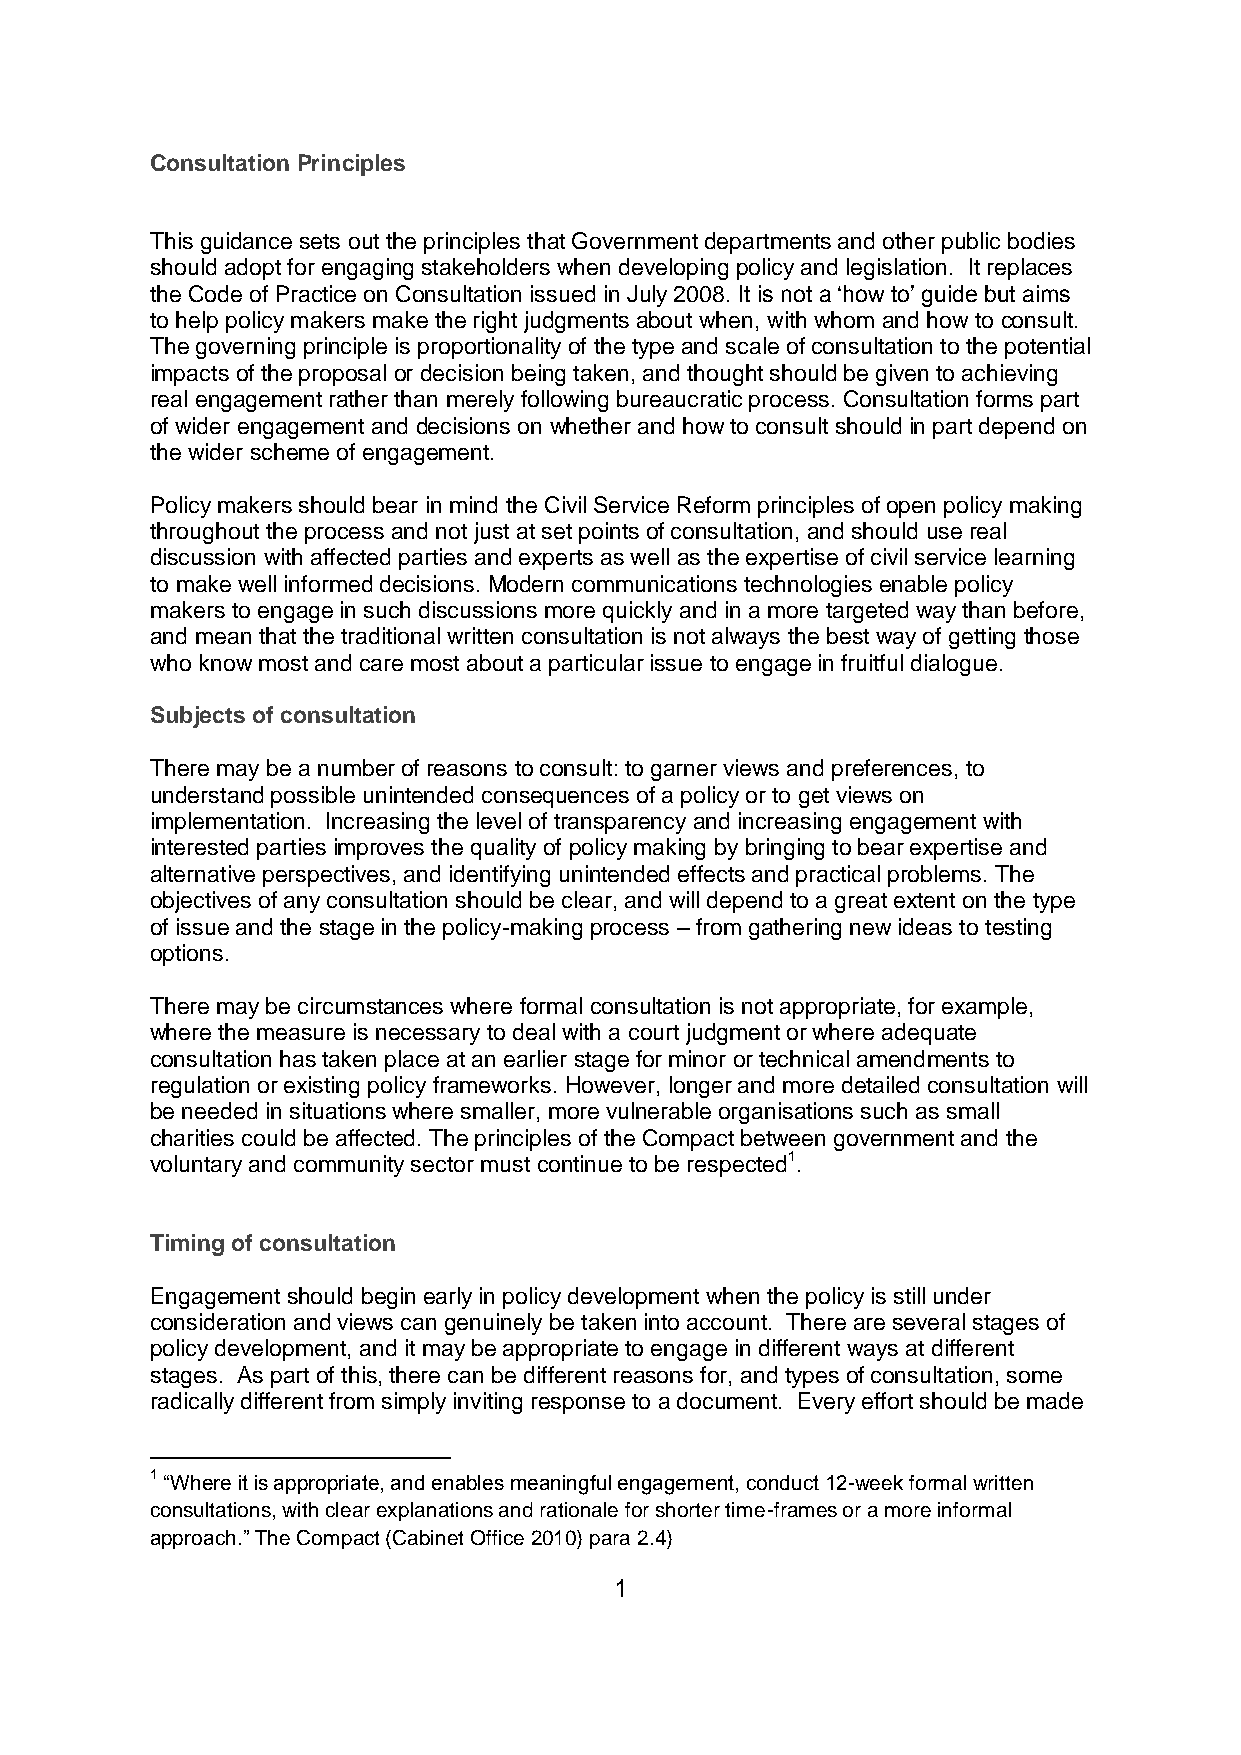
Consultation Principles
 This guidance sets out the principles that Government departments and other public bodies
 should adopt for engaging stakeholders when developing policy and legislation. It replaces
 the Code of Practice on Consultation issued in July 2008. It is not a ‘how to’ guide but aims
 to help policy makers make the right judgments about when, with whom and how to consult.
 The governing principle is proportionality of the type and scale of consultation to the potential
 impacts of the proposal or decision being taken, and thought should be given to achieving
 real engagement rather than merely following bureaucratic process. Consultation forms part
 of wider engagement and decisions on whether and how to consult should in part depend on
 the wider scheme of engagement.
 Policy makers should bear in mind the Civil Service Reform principles of open policy making
 throughout the process and not just at set points of consultation, and should use real
 discussion with affected parties and experts as well as the expertise of civil service learning
 to make well informed decisions. Modern communications technologies enable policy
 makers to engage in such discussions more quickly and in a more targeted way than before,
 and mean that the traditional written consultation is not always the best way of getting those
 who know most and care most about a particular issue to engage in fruitful dialogue.
 Subjects of consultation
 There may be a number of reasons to consult: to garner views and preferences, to
 understand possible unintended consequences of a policy or to get views on
 implementation. Increasing the level of transparency and increasing engagement with
 interested parties improves the quality of policy making by bringing to bear expertise and
 alternative perspectives, and identifying unintended effects and practical problems. The
 objectives of any consultation should be clear, and will depend to a great extent on the type
 of issue and the stage in the policy-making process – from gathering new ideas to testing
 options.
 There may be circumstances where formal consultation is not appropriate, for example,
 where the measure is necessary to deal with a court judgment or where adequate
 consultation has taken place at an earlier stage for minor or technical amendments to
 regulation or existing policy frameworks. However, longer and more detailed consultation will
 be needed in situations where smaller, more vulnerable organisations such as small
 charities could be affected. The principles of the Compact between government and the
 voluntary and community sector must continue to be respected1.
 Timing of consultation
 Engagement should begin early in policy development when the policy is still under
 consideration and views can genuinely be taken into account. There are several stages of
 policy development, and it may be appropriate to engage in different ways at different
 stages. As part of this, there can be different reasons for, and types of consultation, some
 radically different from simply inviting response to a document. Every effort should be made
 1 “Where it is appropriate, and enables meaningful engagement, conduct 12-week formal written
 consultations, with clear explanations and rationale for shorter time-frames or a more informal
 approach.” The Compact (Cabinet Office 2010) para 2.4)
 1